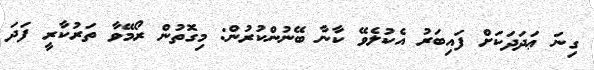
ގިނަ ޢަދަދަކަށް ފައިބަރު އެކުލެވޭ ކާނާ ބޭނުންކުރުން: މިގޮތުން ރޯމޭވާ ތަރުކާރީ ފަދަ